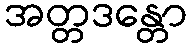
အတ္တဒန္တော